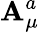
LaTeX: \mathbf{A}_{\mu}^{a}